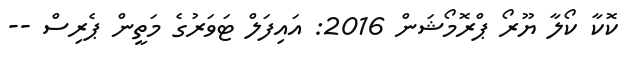
ކޮކާ ކޯލާ ޔޫރޯ ޕްރޮމޯޝަން 2016: އައިފަލް ޓަވަރުގެ މަތީން ޕެރިސް --